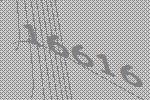
16616